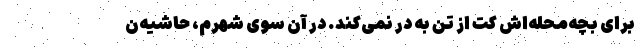
برای بچه‌محله‌اش کُت از تن به در نمی‌کند. در آن سوی شهرم، حاشیه‌ن